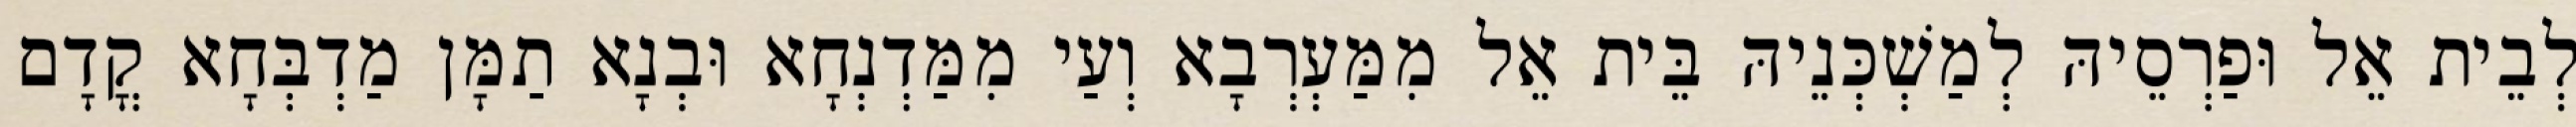
לְבֵית אֵל וּפַרְסֵיהּ לְמַשְׁכְּנֵיהּ בֵּית אֵל מִמַּעְרְבָא וְעַי מִמַּדְנְחָא וּבְנָא תַמָּן מַדְבְּחָא קֳדָם